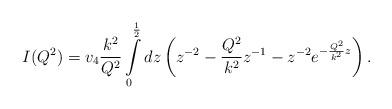
LaTeX: \begin{align*}I(Q^2)=v_4\frac{k^2}{Q^2}\int\limits_0^\frac{1}{2}dz\left(z^{-2}-\frac{Q^2}{k^2}z^{-1}-z^{-2}e^{-\frac{Q^2}{k^2}z}\right).\end{align*}